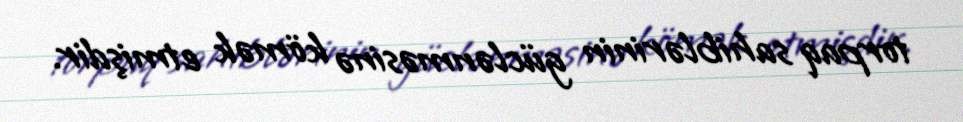
torpaq sahiblərinin güclənməsinə kömək etmişdir.